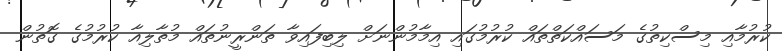
ކުރުމާއި މިސްކިތުގެ މަސައްކަތްތައް ކުރުމުގައި އިމާމުންނަށް ލިބިފައިވާ ތަންރީނުތައް މުތާލިއާ ކުރުމުގެ ގޮތުން